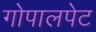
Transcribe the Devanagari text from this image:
गोपालपेट